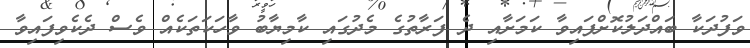
ވަފުދަކާ ބައްދަލުކޮށްފައިވާ ކަމަށާއި ދެ ފަރާތުގެ މެދުގައި ކާމިޔާބު ވާހަކަތަކެއް ވެސް ދެކެވިފައިވާ